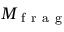
M _ { \mathrm { ~ f ~ r ~ a ~ g ~ } }